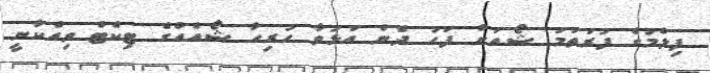
ފިލްމުގެ ފުރަތަމަ ޝޯއަށް ފަހު ދެން އަޅުވާ ހުރިހާ ޝޯއެއްގެ ޓިކެޓް ވިއްކާނީ